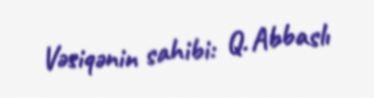
Vəsiqənin sahibi: Q. Abbaslı